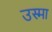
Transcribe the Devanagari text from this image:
उस्मा